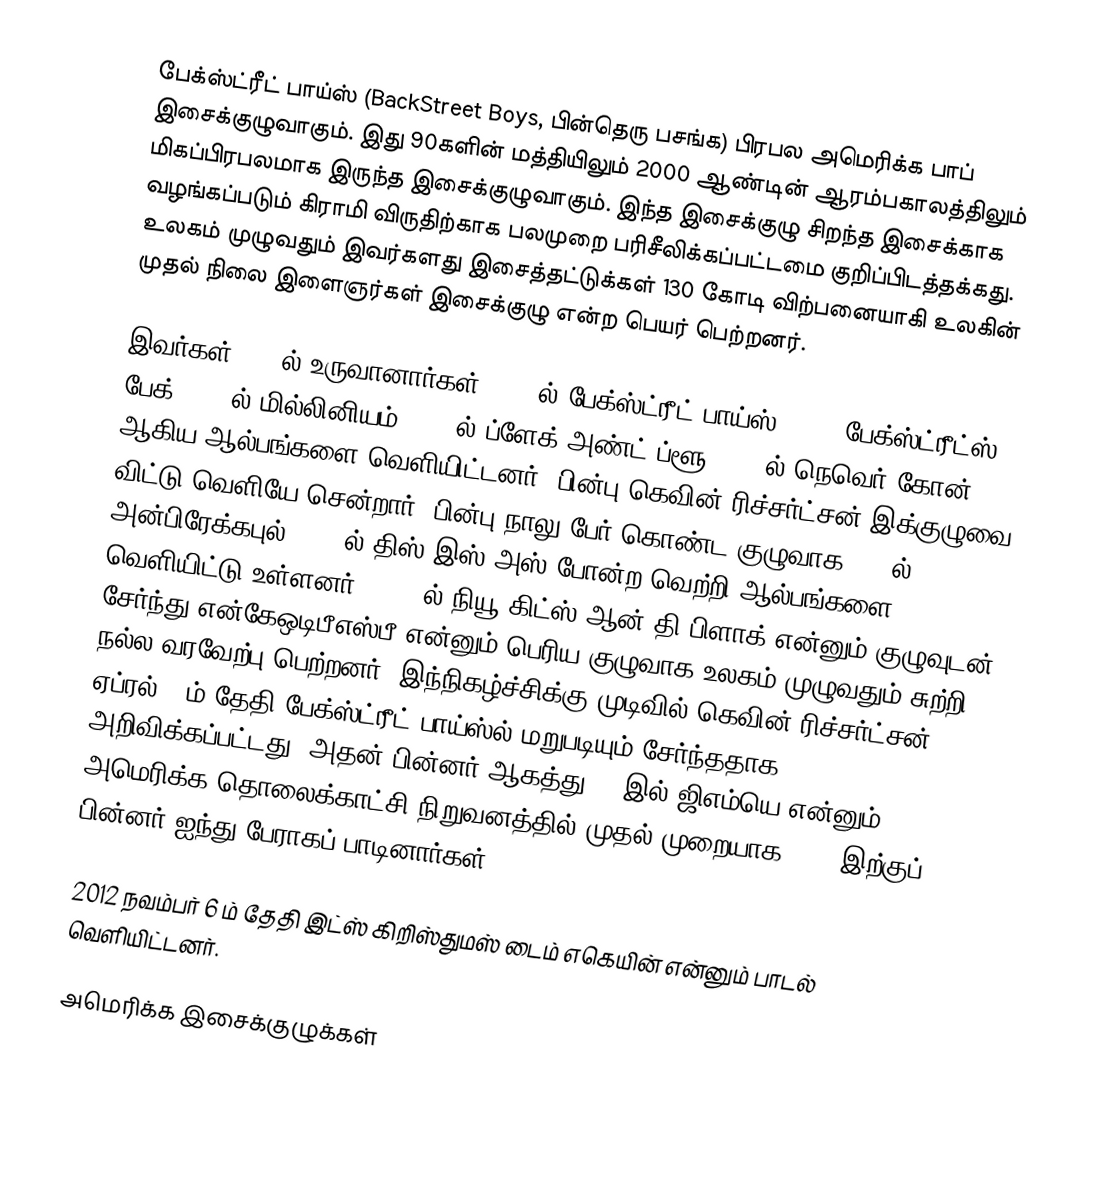
பேக்ஸ்ட்ரீட் பாய்ஸ் (BackStreet Boys, பின்தெரு பசங்க) பிரபல அமெரிக்க பாப் இசைக்குழுவாகும். இது 90களின் மத்தியிலும் 2000 ஆண்டின் ஆரம்பகாலத்திலும் மிகப்பிரபலமாக இருந்த இசைக்குழுவாகும். இந்த இசைக்குழு சிறந்த இசைக்காக வழங்கப்படும் கிராமி விருதிற்காக பலமுறை பரிசீலிக்கப்பட்டமை குறிப்பிடத்தக்கது. உலகம் முழுவதும் இவர்களது இசைத்தட்டுக்கள் 130 கோடி விற்பனையாகி உலகின் முதல் நிலை இளைஞர்கள் இசைக்குழு என்ற பெயர் பெற்றனர்.

இவர்கள்  1993ல் உருவானார்கள். 1995ல் பேக்ஸ்ட்ரீட் பாய்ஸ், 1998 பேக்ஸ்ட்ரீட்ஸ் பேக், 2000ல் மில்லினியம், 2002ல் ப்ளேக் அண்ட் ப்ளூ, 2005ல் நெவெர் கோன் ஆகிய ஆல்பங்களை வெளியிட்டனர். பின்பு கெவின் ரிச்சர்ட்சன் இக்குழுவை விட்டு வெளியே சென்றார், பின்பு நாலு பேர் கொண்ட குழுவாக 2007ல் அன்பிரேக்கபுல், 2009ல் திஸ் இஸ் அஸ் போன்ற வெற்றி ஆல்பங்களை வெளியிட்டு உள்ளனர் . 2010ல் நியூ கிட்ஸ் ஆன் தி பிளாக் என்னும் குழுவுடன் சேர்ந்து என்கேஒடிபீஎஸ்பீ என்னும் பெரிய குழுவாக உலகம் முழுவதும் சுற்றி நல்ல வரவேற்பு பெற்றனர். இந்நிகழ்ச்சிக்கு முடிவில் கெவின் ரிச்சர்ட்சன் ஏப்ரல் 29ம் தேதி பேக்ஸ்ட்ரீட் பாய்ஸ்ல் மறுபடியும் சேர்ந்ததாக அறிவிக்கப்பட்டது. அதன் பின்னர் ஆகத்து 31 இல் ஜிஎம்யெ என்னும் அமெரிக்க தொலைக்காட்சி நிறுவனத்தில் முதல் முறையாக 2006 இற்குப் பின்னர் ஐந்து பேராகப் பாடினார்கள்.

2012 நவம்பர் 6 ம் தேதி இட்ஸ் கிறிஸ்துமஸ் டைம் எகெயின் என்னும் பாடல் வெளியிட்டனர்.

அமெரிக்க இசைக்குழுக்கள்